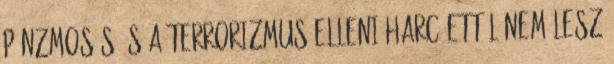
pénzmosás és a terrorizmus elleni harc ettől nem lesz